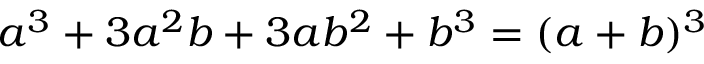
a ^ { 3 } + 3 a ^ { 2 } b + 3 a b ^ { 2 } + b ^ { 3 } = ( a + b ) ^ { 3 }